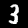
Label: 3